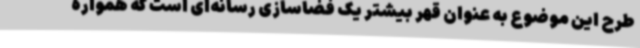
طرح این موضوع به عنوان قهر بیشتر یک فضاسازی رسانه‌ای است که همواره